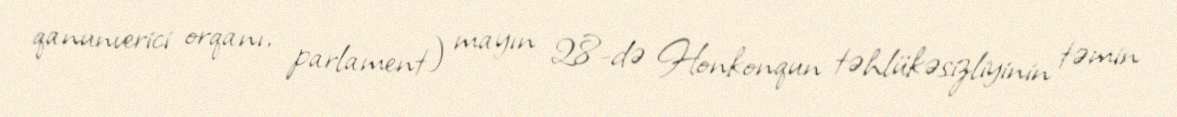
qanunverici orqanı, parlament) mayın 28-də Honkonqun təhlükəsizliyinin təmin